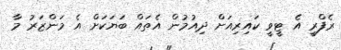
ރެފްރީ އެ ޓީވީ ކައިރިއަށް ދިއުމުން އެތައް ބަޔަކަށް އެ މަންޒަރު މާ